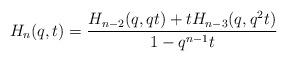
LaTeX: \begin{align*}H_n(q,t)=\frac{H_{n-2}(q,qt)+tH_{n-3}(q,q^2t)}{1-q^{n-1}t}\end{align*}